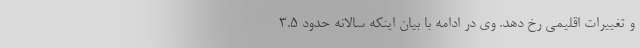
و تغییرات اقلیمی رخ دهد. وی در ادامه با بیان اینکه سالانه حدود 3.5